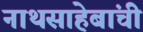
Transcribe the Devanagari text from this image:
नाथसाहेबांची